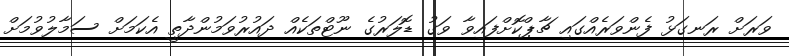
ވަރަށް ރަނގަޅު ފެންވަރެއްގައި ޗާޕްކޮށްފައިވާ ވަގު ޑޮލަރުގެ ނޫޓްތަކެއް ދައުރުވަމުންދާތީ އެކަމަށް ސަމާލުވުމަށް